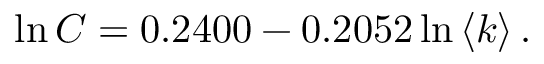
\ln C = 0 . 2 4 0 0 - 0 . 2 0 5 2 \ln \left\langle k \right\rangle .